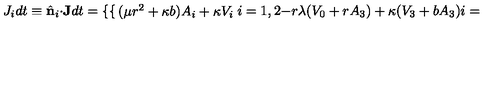
J _ { i } d t \equiv \hat { \bf n } _ { i } \cdot { \bf J } d t = \left\{ \begin{cases} { ( \mu r ^ { 2 } + \kappa b ) A _ { i } + \kappa V _ { i } } & { i = 1 , 2 } \\ { - r \lambda ( V _ { 0 } + r A _ { 3 } ) + \kappa ( V _ { 3 } + b A _ { 3 } ) } & { i = 3 . } \\ \end{cases} \right.